Lunatic asylums Madras 1892-1911 - 1892-1911
Year: 1892
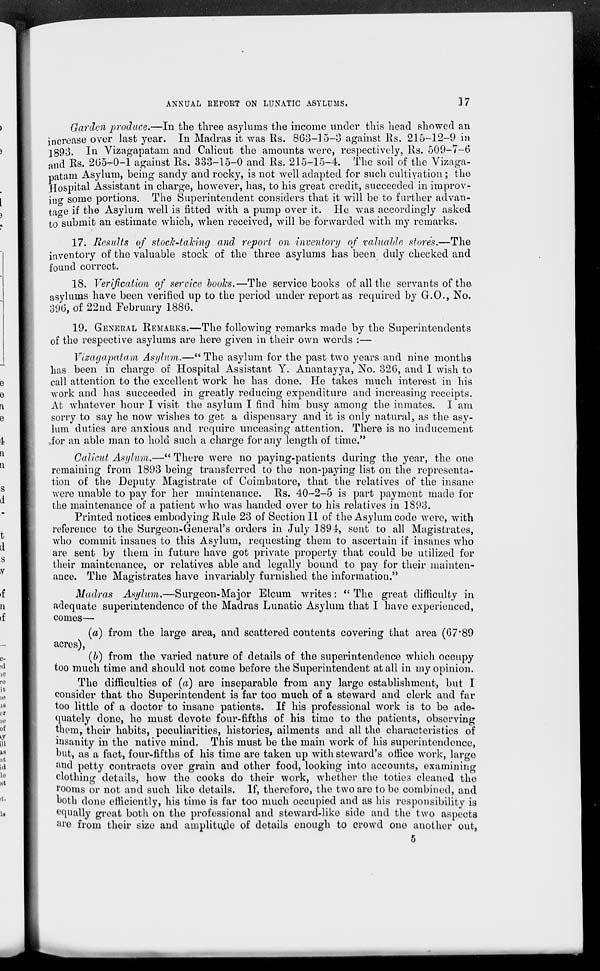
ANNUAL REPORT ON LUNATIC ASYLUMS.
17
Garden produce.—In the three asylums the income under this head showed an
increase over last year. In Madras it was Rs. 863-15-3 against Rs. 215-12-9 in
1893. In Vizagapatam and Calicut the amounts were, respectively, Rs. 509-7-6
and Rs. 265-0-1 against Rs. 333-15-0 and Rs. 215-15-4. The soil of the Vizaga-
patam Asylum, being sandy and rocky, is not well adapted for such cultivation ; the
Hospital Assistant in charge, however, has, to his great credit, succeeded in improv-
ing some portions. The Superintendent considers that it will be to further advan-
tage if the Asylum well is fitted with a pump over it. He was accordingly asked
to submit an estimate which, when received, will be forwarded with my remarks.
17. Results of stock-taking and- report on inventory of valuable stores.—The
inventory of the valuable stock of the three asylums has been duly checked and
found correct.
18. Verification of service books.—The service books of all the servants of the-
asylums have been verified up to the period under report as required by G.O., No.
396, of 22nd February 1886.
19. GENERAL REMARKS.—The following remarks made by the Superintendents
of the respective asylums are here given in their own words :—
Vizagapatam Asylum.—" The asylum for the past two years and nine months
has been in charge of Hospital Assistant Y. Anantayya, No. 326, and I wish to
call attention to the excellent work he has done. He takes much interest in his
work and has succeeded in greatly reducing expenditure and increasing receipts.
At whatever hour I visit the asylum I find him busy among the inmates. I am
sorry to say he now wishes to get a dispensary and it is only natural, as the asy-
lum duties are anxious and require unceasing attention. There is no inducement
for an able man to hold such a charge for any length of time."
Calicut Asylum.—" There were no paying-patients during the year, the one
remaining from 1893 being transferred to the non-paying list on the representa-
tion of the Deputy Magistrate of Coimbatore, that the relatives of the insane
were unable to pay for her maintenance. Rs. 40-2-5 is part payment made for
the maintenance of a patient who was handed over to his relatives in 1893.
Printed notices embodying Rule 23 of Section II of the Asylum code were, with
reference to the Surgeon-General's orders in July 1894, sent to all Magistrates,
who commit insanes to this Asylum, requesting them to ascertain if insanes who
are sent by them in future have got private property that could be utilized for
their maintenance, or relatives able and legally bound to pay for their mainten-
ance. The Magistrates have invariably furnished the information."
Madras Asylum.—Surgeon-Major
Elcum writes: " The great difficulty in
adequate superintendence of the Madras Lunatic Asylum that I have experienced,
comes—
(a) from the large area, and scattered contents covering that area (67.89
acres),
(b) from the varied nature of details of the superintendence which occupy
too much time and should not come before the Superintendent at all in my opinion.
The difficulties of (a) are inseparable from any large establishment, but I
consider that the Superintendent is far too much of a steward and clerk and far
too little of a doctor to insane patients. If his professional work is to be ade-
quately done, he must devote four-fifths of his time to the patients, observing
them, their habits, peculiarities, histories, ailments and all the characteristics of
insanity in the native mind. This must be the main work of his superintendence,
but, as a fact, four-fifths of his time are taken up with steward's office work, large
and petty contracts over grain and other food, looking into accounts, examining
clothing details, how the cooks do their work, whether the toties cleaned the
rooms or not and such like details. If, therefore, the two are to be combined, and
both done efficiently, his time is far too much occupied and as his responsibility is
equally great both on the professional and steward-like side and the two aspects
are from their size and amplitude of details enough to crowd one another out,
5